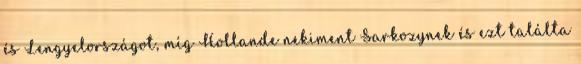
és Lengyelországot, míg Hollande nekiment Sarkozynek és ezt találta